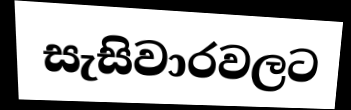
සැසිවාරවලට